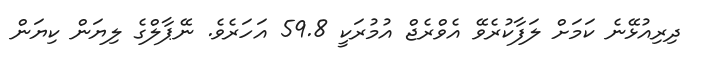
ދިރިއުޅޭނެ ކަމަށް ލަފާކުރެވޭ އެވްރެޖް އުމުރަކީ 59.8 އަހަރެވެ. ނޭޕާލްގެ ލިޔަން ކިޔަން